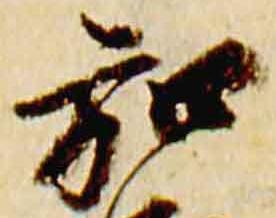
弘